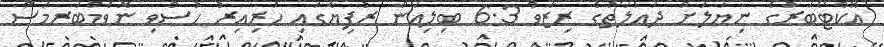
އޮކްޓޯބަރުގެ ނިޔަލަށް ދައުލަތުގެ ރިޒާވް 6.3 ބިލިއަން ރުފިޔާގައި ހުރިއިރު ހުސްވި ނޮވެމްބަރމަސް